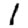
Digit: 1